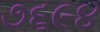
૭૬૯૪